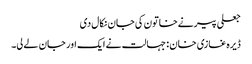
جعلی پیرنےخاتون کی جان نکال دی
ڈیرہ غازی خان : جہالت نے ایک اور جان لے لی۔